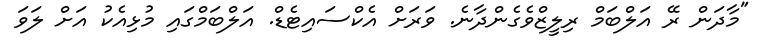
"މާދަން ރޭ އަލްބަމް ރިލީޒްވެގެންދާނެ. ވަރަށް އެކްސައިޓެޑް. އަލްބަމްގައި މުޅިއެކު އަށް ލަވަ